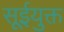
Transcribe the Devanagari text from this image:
सूईयुक्त